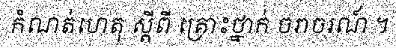
កំណត់ហេតុ ស្តីពី គ្រោះថ្នាក់ ចរាចរណ៍ ។